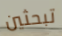
تبحثين